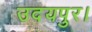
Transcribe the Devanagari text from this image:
उदयपुर।